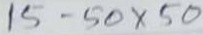
15 - 50 x 50